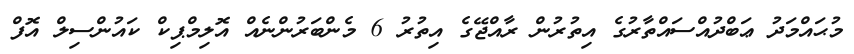
މުޙައްމަދު ޢަބްދުއްސައްތާރުގެ އިތުރުން ރާއްޖޭގެ އިތުރު 6 މެންބަރުންނެއް އޮލިމްޕިކް ކައުންސިލް އޮފް